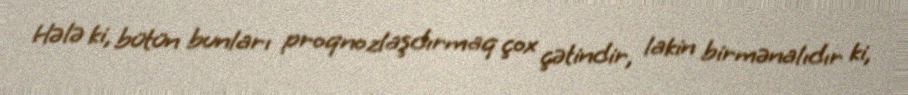
Hələ ki, bütün bunları proqnozlaşdırmaq çox çətindir, lakin birmənalıdır ki,